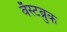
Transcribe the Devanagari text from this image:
वॅस्टब्रुक